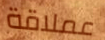
عملاقة